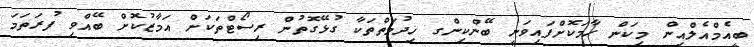
ބީއެމްއެލްއިން މިކަން ހާމަކޮށްފައިވަނީ ބޭންކިންގ ޚިދުމަތްތަކާ ގުޅޭގޮތުން ރިސޯޓްތަކަށް އަމާޒުކޮށް ބޭއްވި ފުރަތަމަ